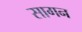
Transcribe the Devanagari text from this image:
सागन